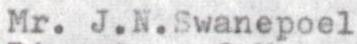
Mr. J.N.Swanepoel